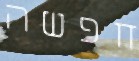
חפשה